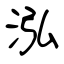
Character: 泓